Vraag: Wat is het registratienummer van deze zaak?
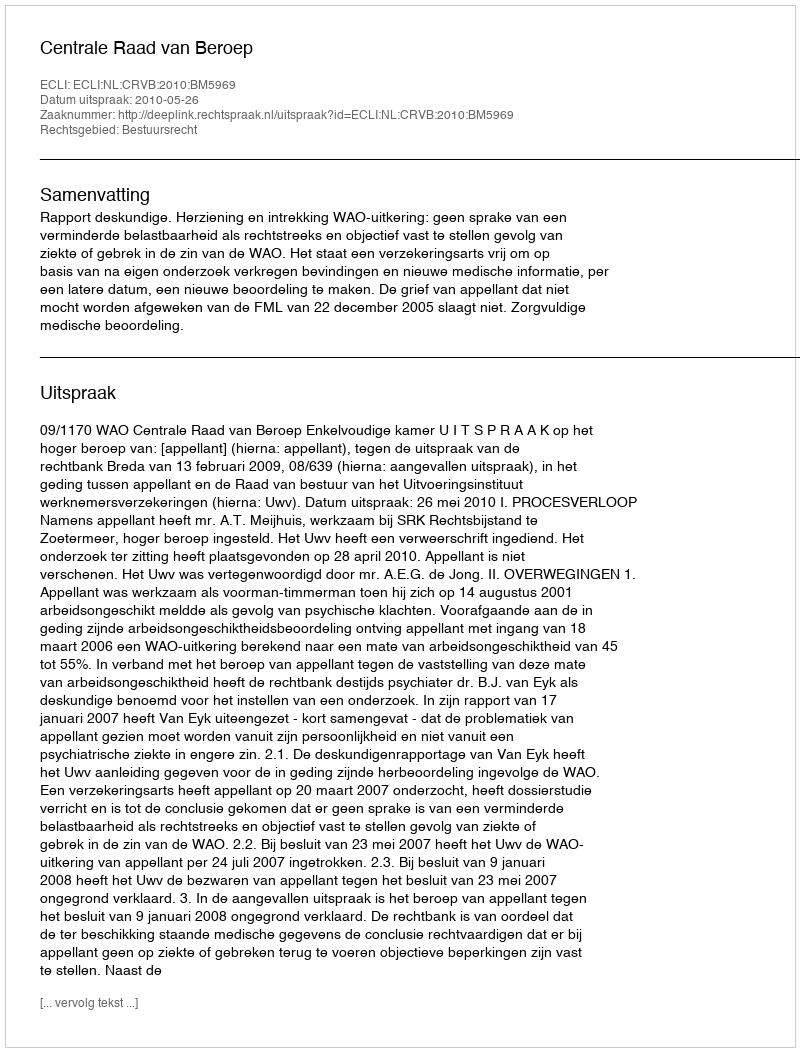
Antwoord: http://deeplink.rechtspraak.nl/uitspraak?id=ECLI:NL:CRVB:2010:BM5969